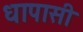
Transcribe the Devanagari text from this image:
धापासी